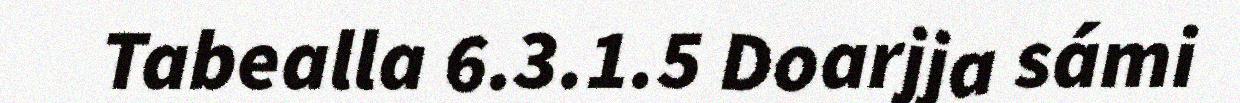
Tabealla 6.3.1.5 Doarjja sámi